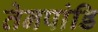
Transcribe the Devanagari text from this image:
तेनपांडि